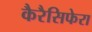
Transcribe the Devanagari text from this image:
कैरैसिफेरा